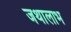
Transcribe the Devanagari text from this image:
जथालाभ